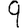
Digit: 9